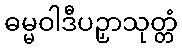
ဓမ္မဝါဒီပဉှာသုတ္တံ